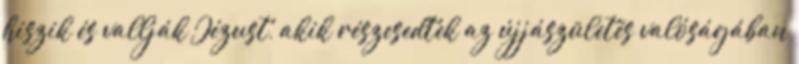
hiszik és vallják Jézust, akik részesedtek az újjászületés valóságában